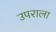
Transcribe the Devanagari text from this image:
उपराला